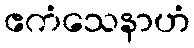
ဧကံသေနာဟံ